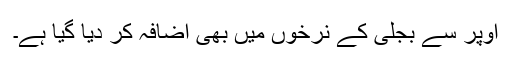
اوپر سے بجلی کے نرخوں میں بھی اضافہ کر دیا گیا ہے۔